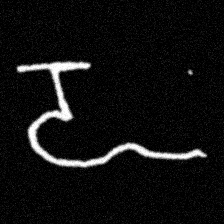
Pyu character \u2014 Myanmar letter: ဍ (romanized: dda)